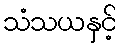
သံသယနှင့်